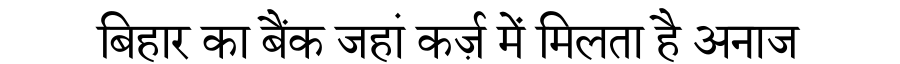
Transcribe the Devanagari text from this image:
बिहार का बैंक जहां कर्ज़ में मिलता है अनाज